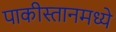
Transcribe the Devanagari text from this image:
पाकीस्तानमध्ये